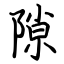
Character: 隙